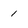
Character: 1